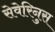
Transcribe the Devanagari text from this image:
सेवेरिनुस